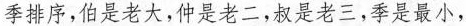
季排序，伯是老大，仲是老二，叔是老三，季是最小，